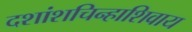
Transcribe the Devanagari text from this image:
दशांशचिन्हाशिवाय